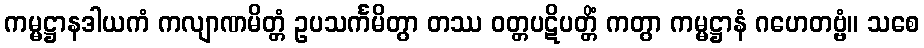
ကမ္မဋ္ဌာနဒါယကံ ကလျာဏမိတ္တံ ဥပသင်္ကမိတွာ တဿ ဝတ္တပဋိပတ္တိံ ကတွာ ကမ္မဋ္ဌာနံ ဂဟေတဗ္ဗံ။ သစေ